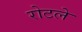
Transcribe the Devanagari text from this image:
रोटले